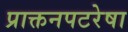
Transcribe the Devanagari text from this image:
प्राक्तनपटरेषा